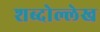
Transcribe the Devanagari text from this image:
शब्दोल्लेख